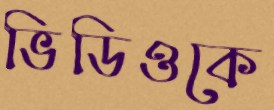
ভিডিওকে